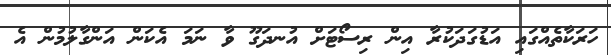
ހަރަކާތެއްގައި އަޑުގަދަކުރާ އިން ރިސޯޓަށް އުނދަގޫ ވާ ނަމަ އެކަން އަންގާލުމުން އެ